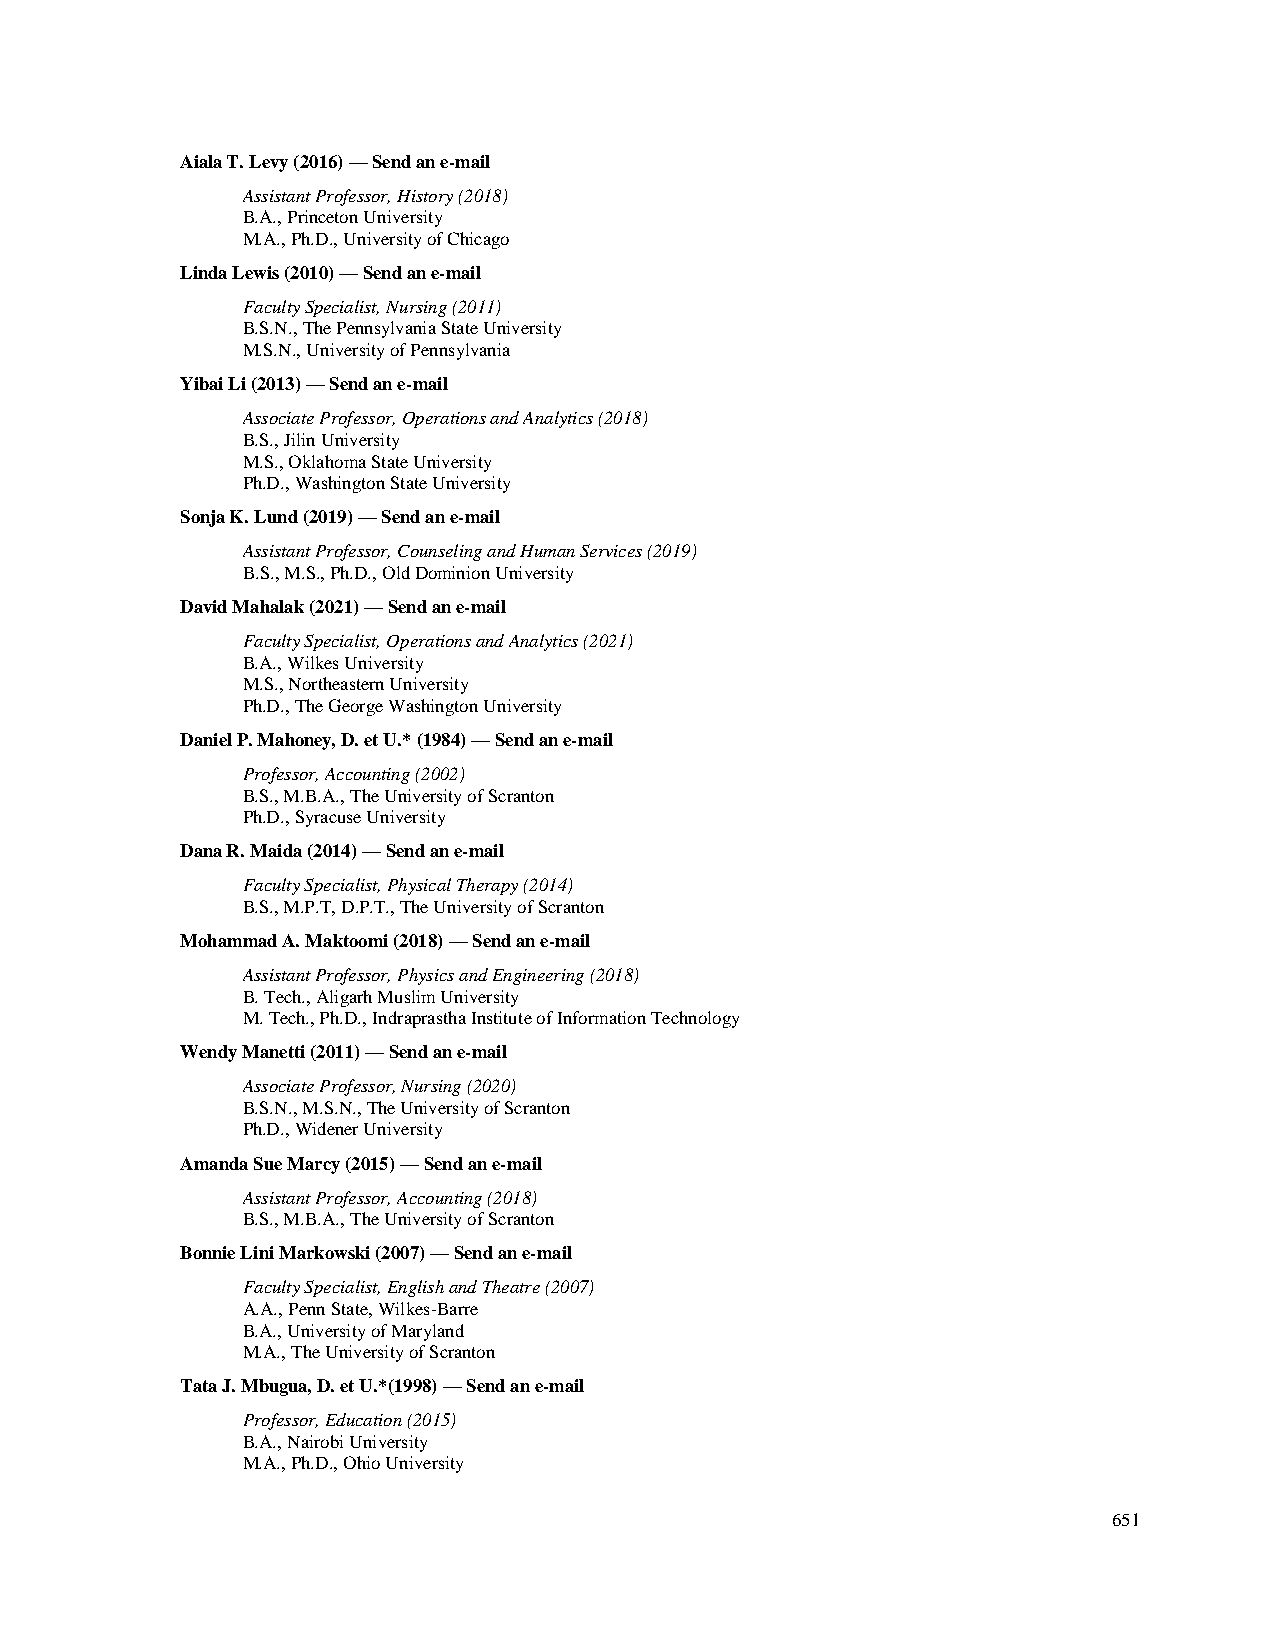
Aiala T. Levy (2016) — Send an e-mail
 Assistant Professor, History (2018)
 B.A., Princeton University
 M.A., Ph.D., University of Chicago
 Linda Lewis (2010) — Send an e-mail
 Faculty Specialist, Nursing (2011)
 B.S.N., The Pennsylvania State University
 M.S.N., University of Pennsylvania
 Yibai Li (2013) — Send an e-mail
 Associate Professor, Operations and Analytics (2018)
 B.S., Jilin University
 M.S., Oklahoma State University
 Ph.D., Washington State University
 Sonja K. Lund (2019) — Send an e-mail
 Assistant Professor, Counseling and Human Services (2019)
 B.S., M.S., Ph.D., Old Dominion University
 David Mahalak (2021) — Send an e-mail
 Faculty Specialist, Operations and Analytics (2021)
 B.A., Wilkes University
 M.S., Northeastern University
 Ph.D., The George Washington University
 Daniel P. Mahoney, D. et U.* (1984) — Send an e-mail
 Professor, Accounting (2002)
 B.S., M.B.A., The University of Scranton
 Ph.D., Syracuse University
 Dana R. Maida (2014) — Send an e-mail
 Faculty Specialist, Physical Therapy (2014)
 B.S., M.P.T, D.P.T., The University of Scranton
 Mohammad A. Maktoomi (2018) — Send an e-mail
 Assistant Professor, Physics and Engineering (2018)
 B. Tech., Aligarh Muslim University
 M. Tech., Ph.D., Indraprastha Institute of Information Technology
 Wendy Manetti (2011) — Send an e-mail
 Associate Professor, Nursing (2020)
 B.S.N., M.S.N., The University of Scranton
 Ph.D., Widener University
 Amanda Sue Marcy (2015) — Send an e-mail
 Assistant Professor, Accounting (2018)
 B.S., M.B.A., The University of Scranton
 Bonnie Lini Markowski (2007) — Send an e-mail
 Faculty Specialist, English and Theatre (2007)
 A.A., Penn State, Wilkes-Barre
 B.A., University of Maryland
 M.A., The University of Scranton
 Tata J. Mbugua, D. et U.*(1998) — Send an e-mail
 Professor, Education (2015)
 B.A., Nairobi University
 M.A., Ph.D., Ohio University
 651